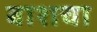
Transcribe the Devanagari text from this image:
बाशचा